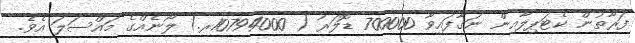
ފަރާތުން ކެޓަޕިލާއިން ނަގާފައިވާ 700000 ޑޮލަރު ( 10794000ރ.) ލޯނެއްގެ މައްސަލަ އެވެ.